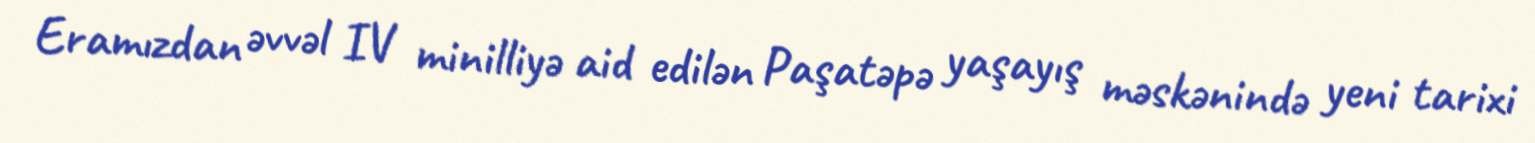
Eramızdan əvvəl IV minilliyə aid edilən Paşatəpə yaşayış məskənində yeni tarixi